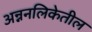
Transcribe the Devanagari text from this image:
अन्ननलिकेतील